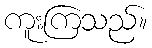
ကူးကြသည်။